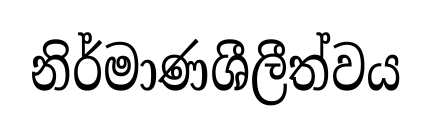
නිර්මාණශීලීත්වය